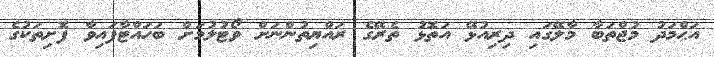
އަޙްމަދު މުޖްތަބާ މާލޭގައި ދިރިއުޅޭ އަތޮޅު ތެރޭގެ ރައްޔިތުންނަށް ވޯޓުލުމަށް ބަހައްޓާފައިވާ ފޮށިތަކުގެ